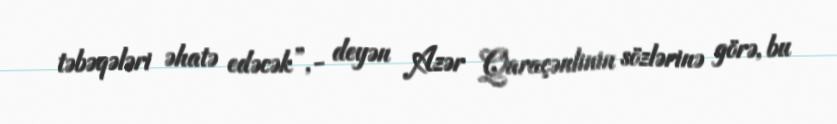
təbəqələri əhatə edəcək”,- deyən Azər Qaraçənlinin sözlərinə görə, bu